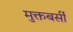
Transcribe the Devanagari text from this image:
मुक्तबर्सी